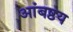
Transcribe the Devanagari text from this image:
आंबष्ठय